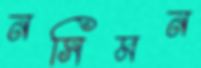
নসিমন